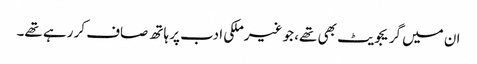
ان میں گریجویٹ بھی تھے، جو غیرملکی ادب پر ہاتھ صاف کر رہے تھے۔